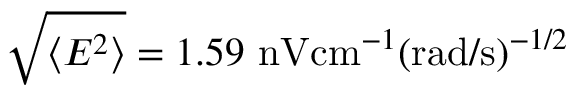
\sqrt { \langle E ^ { 2 } \rangle } = 1 . 5 9 \ \mathrm { n V } \mathrm { c m } ^ { - 1 } ( \mathrm { r a d } / \mathrm { s } ) ^ { - 1 / 2 }